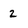
Character: 2